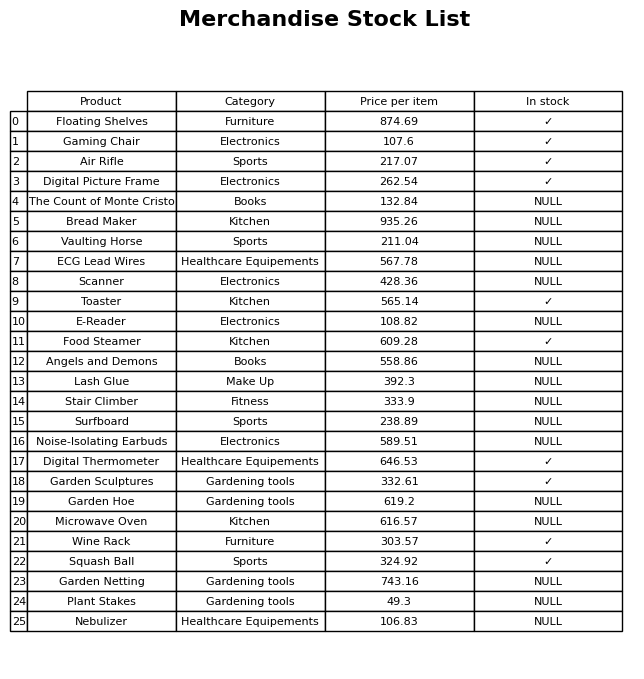
question: What is the price of the Bread Maker?
answer: The price of Bread Maker is 935.26.